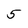
Character: 5